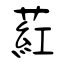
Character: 葒